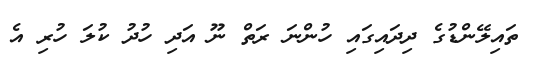
ތައިލޭންޑުގެ ދިދައިގައި ހުންނަ ރަތް ނޫ އަދި ހުދު ކުލަ ހުރި އެ